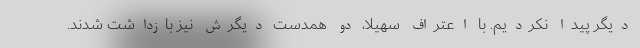
دیگر پیدا نکردیم. با اعتراف سهیلا، دو همدست دیگرش نیز بازداشت شدند.